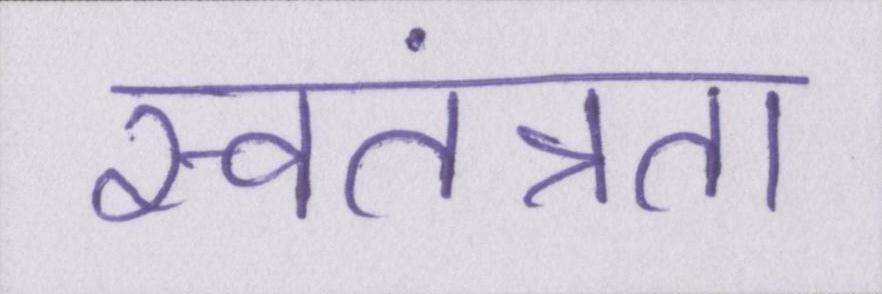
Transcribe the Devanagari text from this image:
स्वतंत्रता